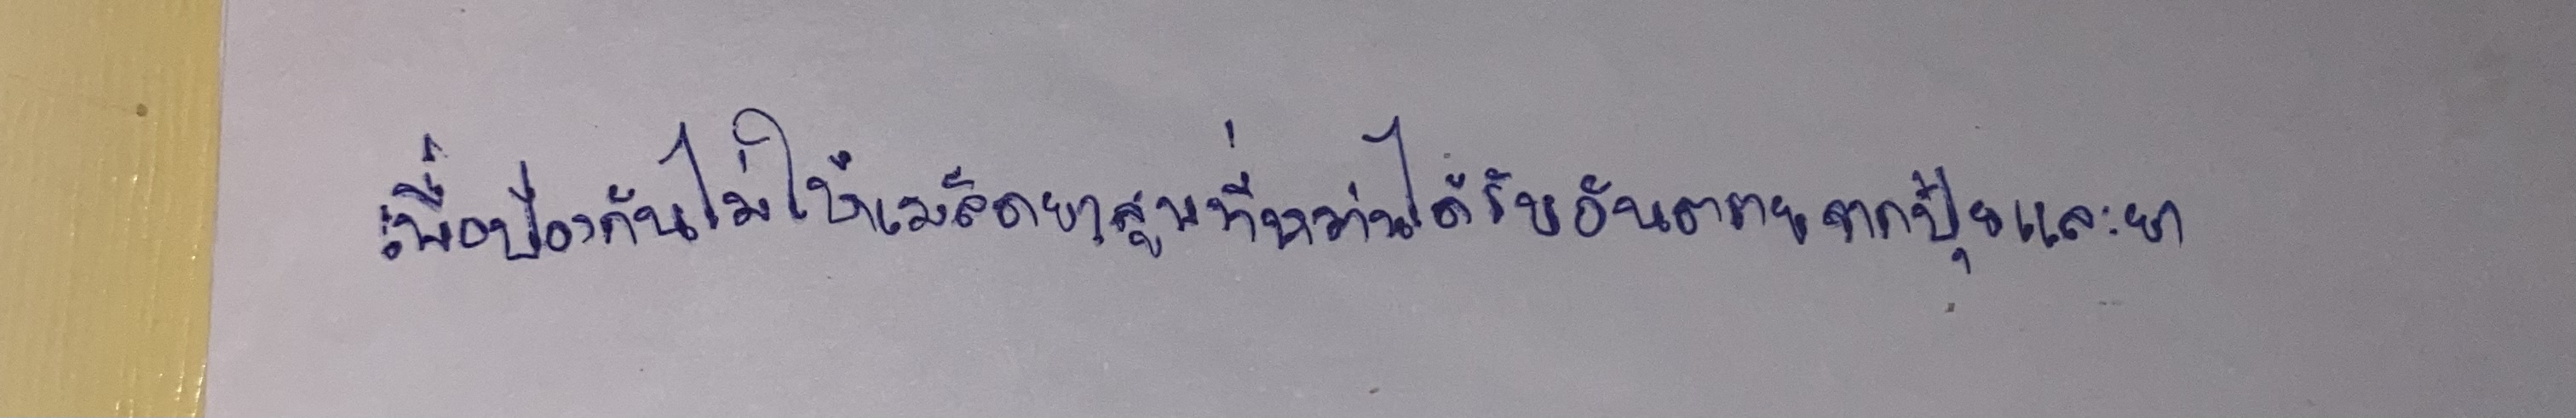
เพื่อป้องกันไม่ให้เมล็ดยาสูบที่หว่านได้รับอันตรายจากปุ๋ยและยา